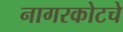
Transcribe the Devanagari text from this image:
नागरकोटचे